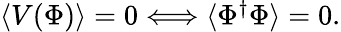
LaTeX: \begin{array}{r}{\langle V(\Phi)\rangle=0\Longleftrightarrow\langle\Phi^{\dagger}\Phi\rangle=0.}\end{array}